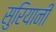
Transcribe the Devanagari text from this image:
सुरियानी